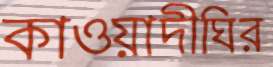
কাওয়াদীঘির